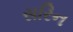
સરિન